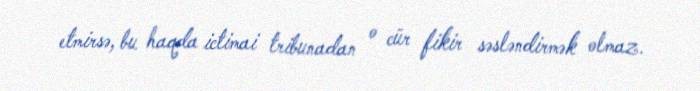
etmirsə, bu haqda ictimai tribunadan o cür fikir səsləndirmək olmaz.